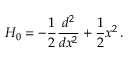
H _ { 0 } = - \frac { 1 } { 2 } \frac { d ^ { 2 } } { d x ^ { 2 } } + \frac { 1 } { 2 } x ^ { 2 } \, .